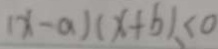
( x - a ) ( x + b ) \leq 0